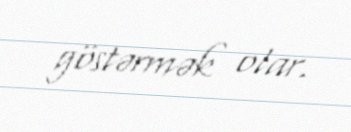
göstərmək olar.